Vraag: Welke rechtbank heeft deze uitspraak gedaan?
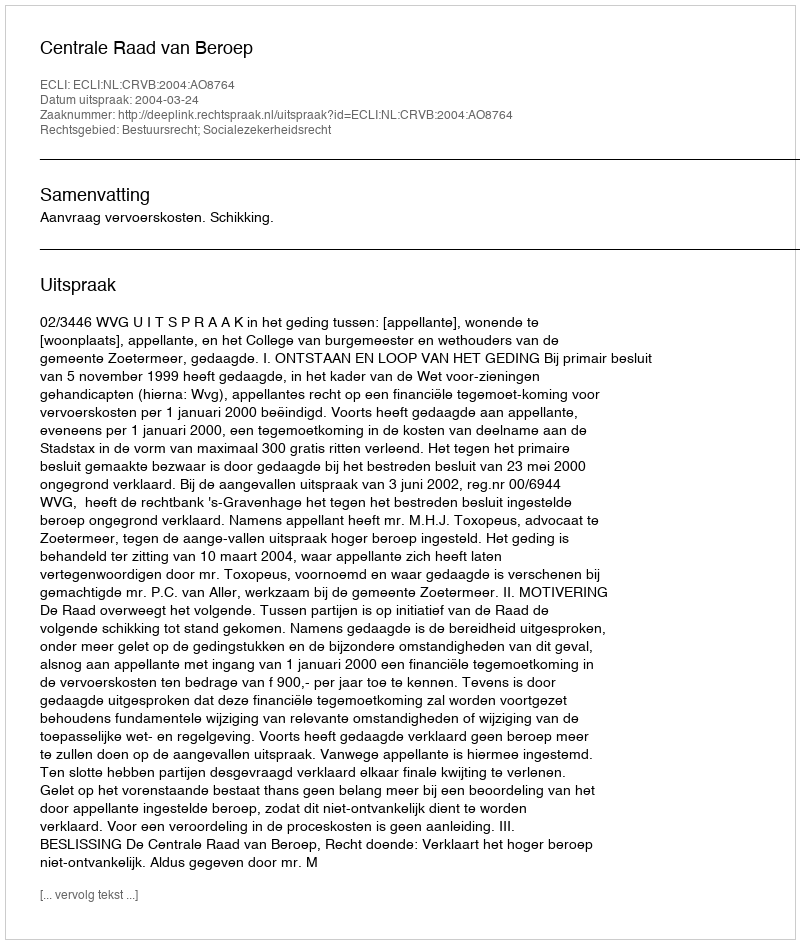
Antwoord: Centrale Raad van Beroep